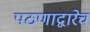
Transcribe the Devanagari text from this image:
पठणाद्वारेच